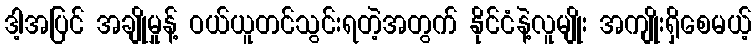
ဒါ့အပြင် အချိုမှုန့် ဝယ်ယူတင်သွင်းရတဲ့အတွက် နိုင်ငံနဲ့လူမျိုး အကျိုးရှိစေမယ့်